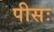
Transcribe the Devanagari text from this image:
पीसः